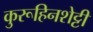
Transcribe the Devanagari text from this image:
कुरूहिनशेट्टी